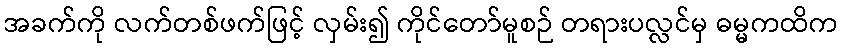
အခက်ကို လက်တစ်ဖက်ဖြင့် လှမ်း၍ ကိုင်တော်မူစဉ် တရားပလ္လင်မှ ဓမ္မကထိက